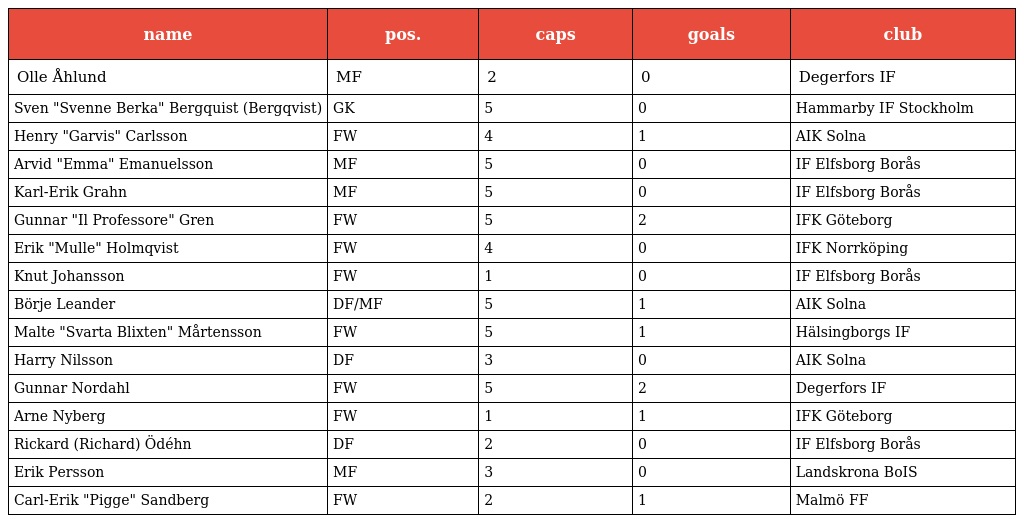
| name | pos. | caps | goals | club |
 | --- | --- | --- | --- | --- |
 | Olle Åhlund | MF | 2 | 0 | Degerfors IF |
 | Sven "Svenne Berka" Bergquist (Bergqvist) | GK | 5 | 0 | Hammarby IF Stockholm |
 | Henry "Garvis" Carlsson | FW | 4 | 1 | AIK Solna |
 | Arvid "Emma" Emanuelsson | MF | 5 | 0 | IF Elfsborg Borås |
 | Karl-Erik Grahn | MF | 5 | 0 | IF Elfsborg Borås |
 | Gunnar "Il Professore" Gren | FW | 5 | 2 | IFK Göteborg |
 | Erik "Mulle" Holmqvist | FW | 4 | 0 | IFK Norrköping |
 | Knut Johansson | FW | 1 | 0 | IF Elfsborg Borås |
 | Börje Leander | DF/MF | 5 | 1 | AIK Solna |
 | Malte "Svarta Blixten" Mårtensson | FW | 5 | 1 | Hälsingborgs IF |
 | Harry Nilsson | DF | 3 | 0 | AIK Solna |
 | Gunnar Nordahl | FW | 5 | 2 | Degerfors IF |
 | Arne Nyberg | FW | 1 | 1 | IFK Göteborg |
 | Rickard (Richard) Ödéhn | DF | 2 | 0 | IF Elfsborg Borås |
 | Erik Persson | MF | 3 | 0 | Landskrona BoIS |
 | Carl-Erik "Pigge" Sandberg | FW | 2 | 1 | Malmö FF |